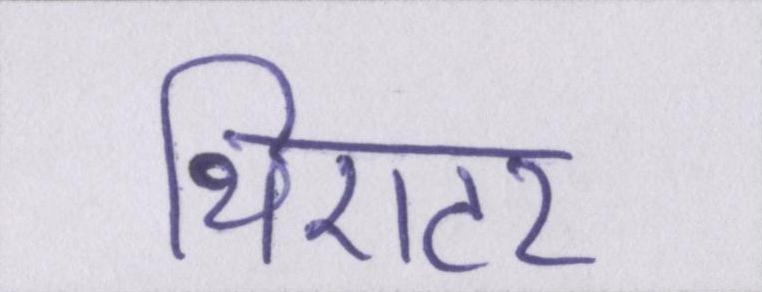
थिएटर